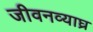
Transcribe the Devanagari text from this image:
जीवनव्याघ्र